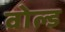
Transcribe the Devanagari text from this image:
वोल्ड